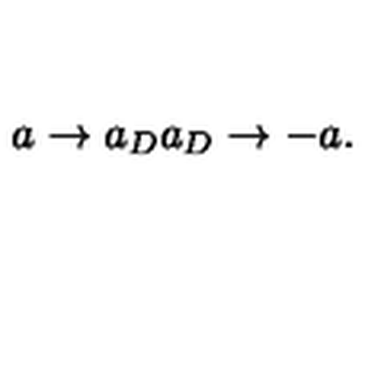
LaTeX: a \rightarrow a _ { D } a _ { D } \rightarrow - a .